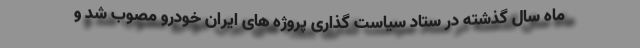
ماه سال گذشته در ستاد سیاست گذاری پروژه های ایران خودرو مصوب شد و